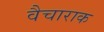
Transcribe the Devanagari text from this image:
वैचाराक